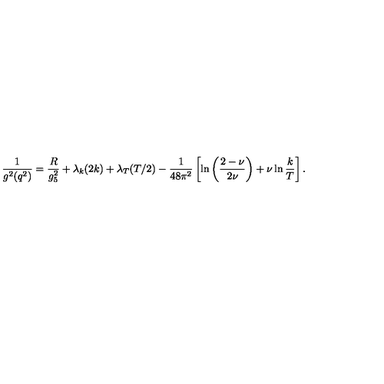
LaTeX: { \frac { 1 } { g ^ { 2 } ( q ^ { 2 } ) } } = { \frac { R } { g _ { 5 } ^ { 2 } } } + \lambda _ { k } ( 2 k ) + \lambda _ { T } ( T / 2 ) - { \frac { 1 } { 4 8 \pi ^ { 2 } } } \left[ \ln \left( { \frac { 2 - \nu } { 2 \nu } } \right) + \nu \ln { \frac { k } { T } } \right] .